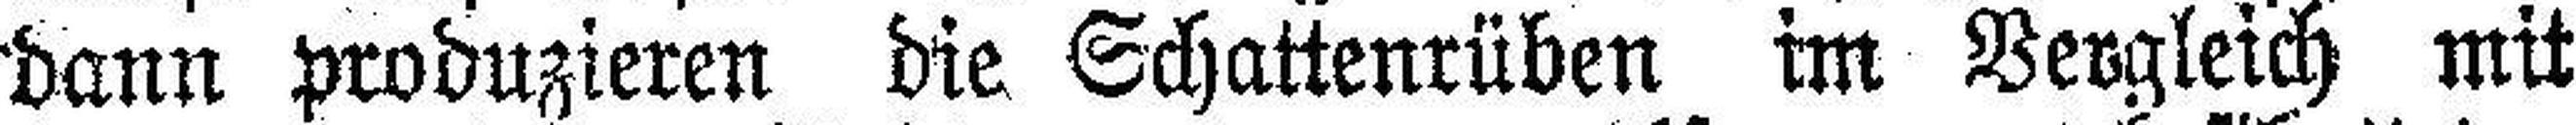
dann produzieren die Schattenrüben im Vergleich mit